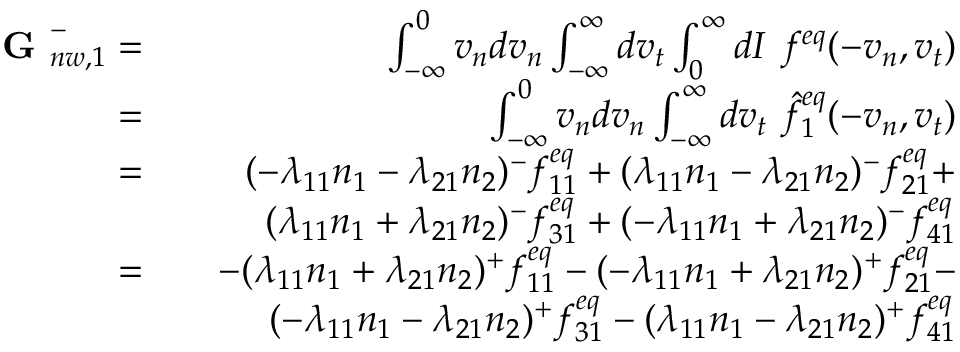
\begin{array} { r l r } { \textbf { G } _ { n w , 1 } ^ { - } = } & { } & { \int _ { - \infty } ^ { 0 } v _ { n } d v _ { n } \int _ { - \infty } ^ { \infty } d v _ { t } \int _ { 0 } ^ { \infty } d I \ f ^ { e q } ( - v _ { n } , v _ { t } ) } \\ { = } & { } & { \int _ { - \infty } ^ { 0 } v _ { n } d v _ { n } \int _ { - \infty } ^ { \infty } d v _ { t } \ \hat { f } _ { 1 } ^ { e q } ( - v _ { n } , v _ { t } ) } \\ { = } & { } & { ( - \lambda _ { 1 1 } n _ { 1 } - \lambda _ { 2 1 } n _ { 2 } ) ^ { - } f _ { 1 1 } ^ { e q } + ( \lambda _ { 1 1 } n _ { 1 } - \lambda _ { 2 1 } n _ { 2 } ) ^ { - } f _ { 2 1 } ^ { e q } + } \\ & { } & { ( \lambda _ { 1 1 } n _ { 1 } + \lambda _ { 2 1 } n _ { 2 } ) ^ { - } f _ { 3 1 } ^ { e q } + ( - \lambda _ { 1 1 } n _ { 1 } + \lambda _ { 2 1 } n _ { 2 } ) ^ { - } f _ { 4 1 } ^ { e q } } \\ { = } & { } & { - ( \lambda _ { 1 1 } n _ { 1 } + \lambda _ { 2 1 } n _ { 2 } ) ^ { + } f _ { 1 1 } ^ { e q } - ( - \lambda _ { 1 1 } n _ { 1 } + \lambda _ { 2 1 } n _ { 2 } ) ^ { + } f _ { 2 1 } ^ { e q } - } \\ & { } & { ( - \lambda _ { 1 1 } n _ { 1 } - \lambda _ { 2 1 } n _ { 2 } ) ^ { + } f _ { 3 1 } ^ { e q } - ( \lambda _ { 1 1 } n _ { 1 } - \lambda _ { 2 1 } n _ { 2 } ) ^ { + } f _ { 4 1 } ^ { e q } } \end{array}